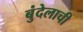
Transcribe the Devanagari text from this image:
बुंदेलाची